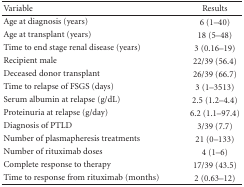
<table><thead><tr><td><b>Variable</b></td><td><b>Results</b></td></tr></thead><tbody><tr><td>Age at diagnosis (years)</td><td>6 (1–40)</td></tr><tr><td>Age at transplant (years)</td><td>18 (5–48)</td></tr><tr><td>Time to end stage renal disease (years)</td><td>3 (0.16–19)</td></tr><tr><td>Recipient male</td><td>22/39 (56.4)</td></tr><tr><td>Deceased donor transplant</td><td>26/39 (66.7)</td></tr><tr><td>Time to relapse of FSGS (days)</td><td>3 (1–3513)</td></tr><tr><td>Serum albumin at relapse (g/dL)</td><td>2.5 (1.2–4.4)</td></tr><tr><td>Proteinuria at relapse (g/day)</td><td>6.2 (1.1–97.4)</td></tr><tr><td>Diagnosis of PTLD</td><td>3/39 (7.7)</td></tr><tr><td>Number of plasmapheresis treatments</td><td>21 (0–133)</td></tr><tr><td>Number of rituximab doses</td><td>4 (1–6)</td></tr><tr><td>Complete response to therapy</td><td>17/39 (43.5)</td></tr><tr><td>Time to response from rituximab (months)</td><td>2 (0.63–12)</td></tr></tbody></table>